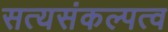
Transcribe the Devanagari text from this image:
सत्यसंकल्पत्व